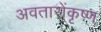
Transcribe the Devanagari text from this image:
अवतारोंकृष्ण